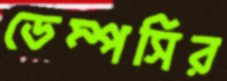
ডেম্পসির